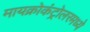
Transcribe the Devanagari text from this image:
मायक्रोकंट्रोलरमध्ये